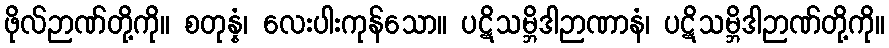
ဖိုလ်ဉာဏ်တို့ကို။ စတုန္နံ၊ လေးပါးကုန်သော။ ပဋိသမ္ဘိဒါဉာဏာနံ၊ ပဋိသမ္ဘိဒါဉာဏ်တို့ကို။